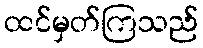
ထင်မှတ်ကြသည်